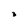
Character: 3